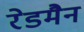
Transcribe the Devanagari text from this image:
रेडमैन